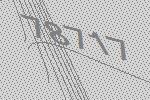
78717